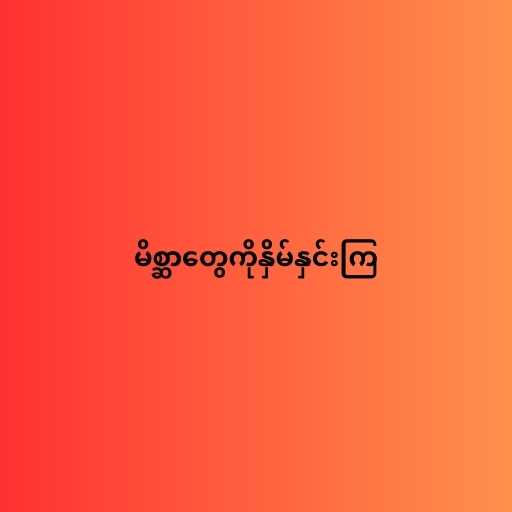
မိစ္ဆာတွေကိုနှိမ်နှင်းကြ